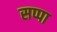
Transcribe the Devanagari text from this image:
सप्पा